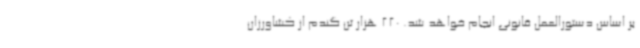
بر اساس دستورالعمل قانونی انجام خواهد شد. 220 هزار تن گندم از کشاورزان